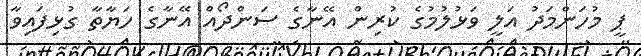
ޕީ މުހަންމަދު އަލީ ވަޅުލުމުގެ ކުރިން އޭނާގެ ސަންދޯއް އޭނާގެ ހަޔާތާ ގުޅިފައިވާ